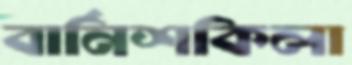
বার্নিশকিলা